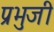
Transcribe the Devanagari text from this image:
प्रभुजी